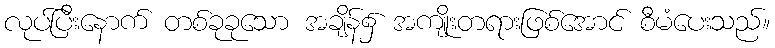
လုပ်ပြီးနောက် တစ်ခုခုသော အချိန်၌ အကျိုးတရားဖြစ်အောင် စီမံပေးသည်။